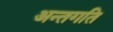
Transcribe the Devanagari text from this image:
अन्तगति